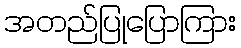
အတည်ပြုပြောကြား